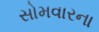
સોમવારના